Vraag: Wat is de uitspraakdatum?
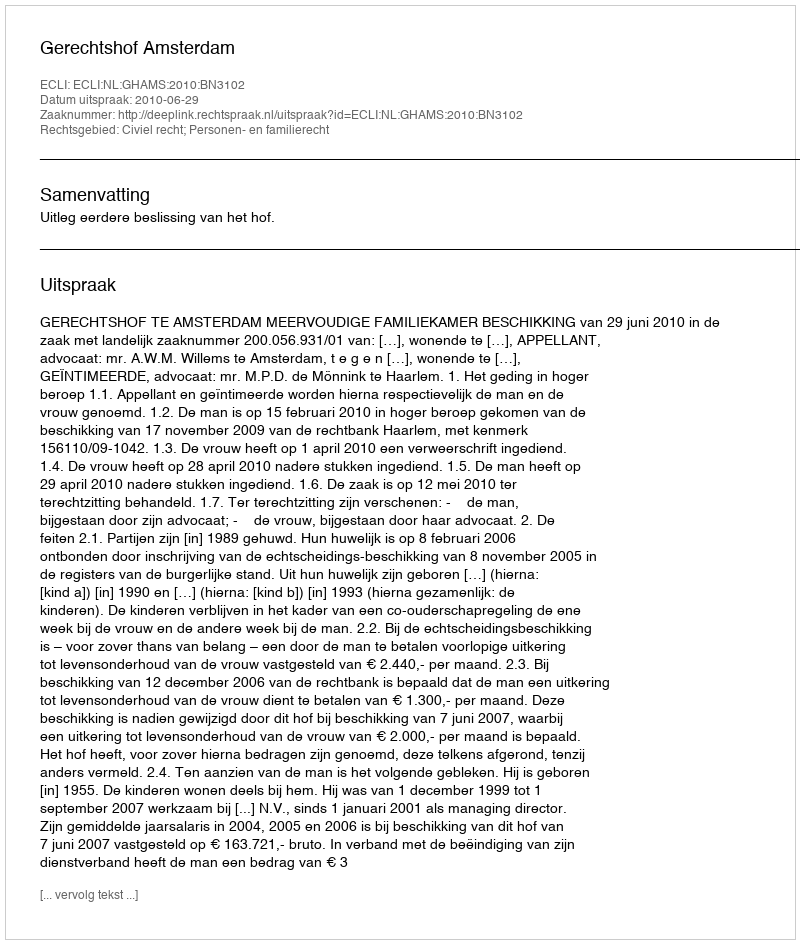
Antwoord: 2010-06-29